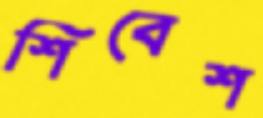
শিবেশ